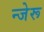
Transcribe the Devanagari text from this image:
न्जेरू